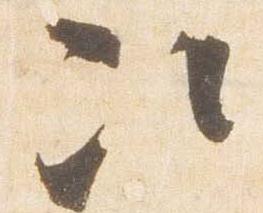
次